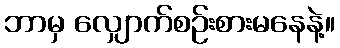
ဘာမှ လျှောက်စဉ်းစားမနေနဲ့။